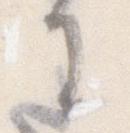
に